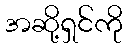
အဆို့ရှင်ကို